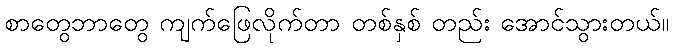
စာတွေဘာတွေ ကျက်ဖြေလိုက်တာ တစ်နှစ် တည်း အောင်သွားတယ်။